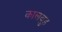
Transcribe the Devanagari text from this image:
कालबुह